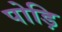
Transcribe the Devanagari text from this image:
पोड़ि